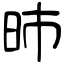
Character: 昁